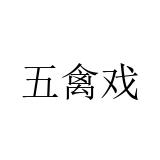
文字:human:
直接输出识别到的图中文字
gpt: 五禽戏